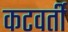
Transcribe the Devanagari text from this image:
कटवर्ती